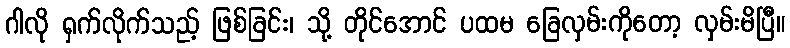
ဂါလို ရှက်လိုက်သည့် ဖြစ်ခြင်း၊ သို့ တိုင်အောင် ပထမ ခြေလှမ်းကိုတော့ လှမ်းမိပြီ။